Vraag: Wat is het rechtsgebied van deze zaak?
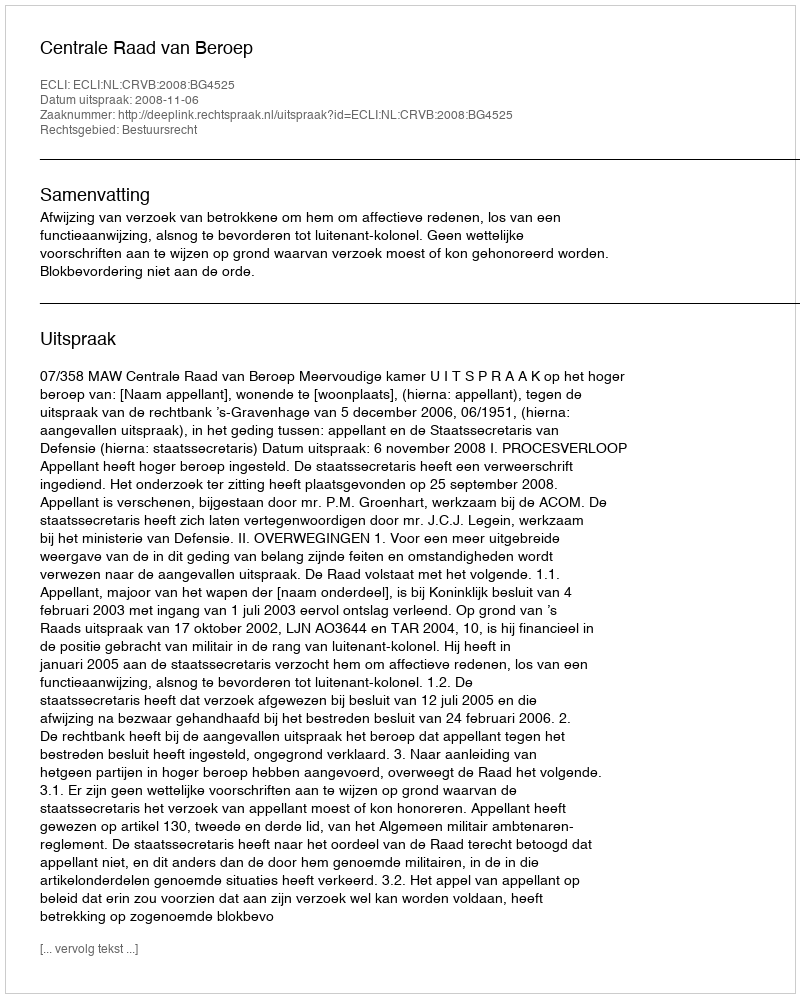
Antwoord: Bestuursrecht